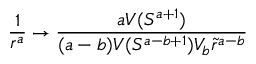
\frac { 1 } { r ^ { a } } \rightarrow \frac { a V ( S ^ { a + 1 } ) } { ( a - b ) V ( S ^ { a - b + 1 } ) V _ { b } \tilde { r } ^ { a - b } }